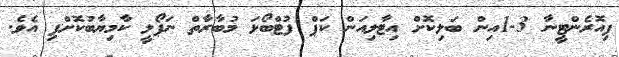
ފިއޮރެންޓީނާ 3-1އިން ބަލިކޮށް އިޓާލިއަން ކަޕް ފުޓްބޯޅަ މުބާރާތް ނަޕޯލީ ކާމިޔާބުކޮށްފި އެވެ.